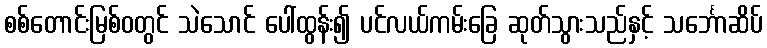
စစ်တောင်းမြစ်ဝတွင် သဲသောင် ပေါ်ထွန်း၍ ပင်လယ်ကမ်းခြေ ဆုတ်သွားသည်နှင့် သင်္ဘောဆိပ်